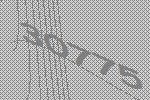
30775